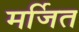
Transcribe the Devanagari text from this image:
मर्जित